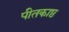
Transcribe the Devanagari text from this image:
पीतकाष्ठ